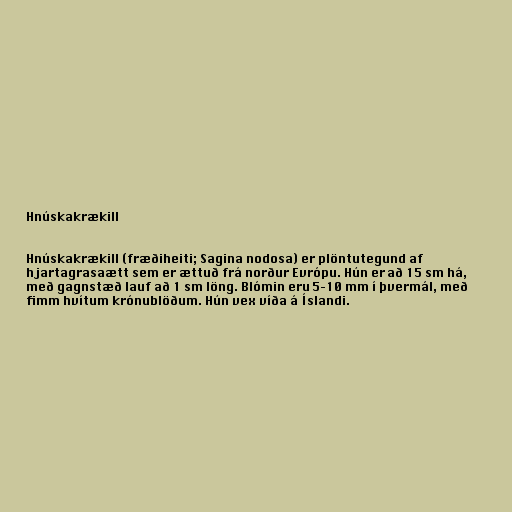
Hnúskakrækill

Hnúskakrækill (fræðiheiti; Sagina nodosa) er plöntutegund af
hjartagrasaætt sem er ættuð frá norður Evrópu. Hún er að 15 sm há,
með gagnstæð lauf að 1 sm löng. Blómin eru 5–10 mm í þvermál, með
fimm hvítum krónublöðum. Hún vex víða á Íslandi.